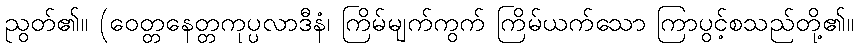
ညွတ်၏။ (ဝေတ္တနေတ္တကုပ္ပလာဒီနံ၊ ကြိမ်မျက်ကွက် ကြိမ်ယက်သော ကြာပွင့်စသည်တို့၏။